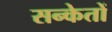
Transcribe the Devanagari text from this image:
सन्केतों